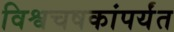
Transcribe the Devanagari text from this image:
विश्वचषकांपर्यंत